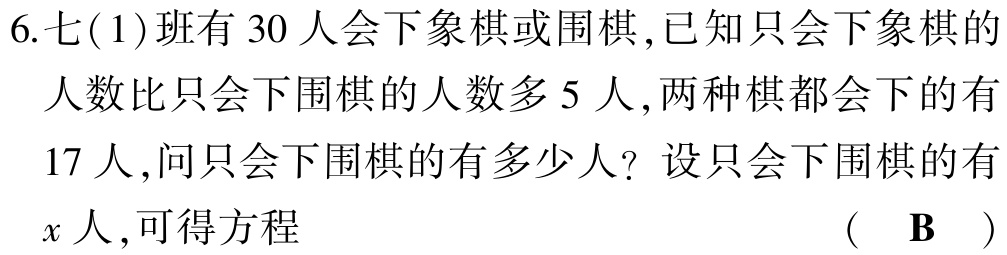
6.七(1)班有 30 人会下象棋或围棋,已知只会下象棋的

人数比只会下围棋的人数多 5 人,两种棋都会下的有

17 人,问只会下围棋的有多少人? 设只会下围棋的有

$x$人,可得方程

( $\mathbf{B}$ )